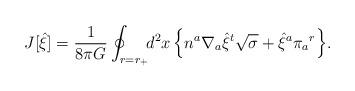
LaTeX: \begin{align*}J[{\hat\xi}] = {1\over8\pi G}\oint_{r=r_+}\!\! d^2x\, \Bigl\{n^a\nabla_a{\hat\xi}^t\sqrt{\sigma}+ {\hat\xi}^a\pi_a{}^r \Bigr\}.\end{align*}